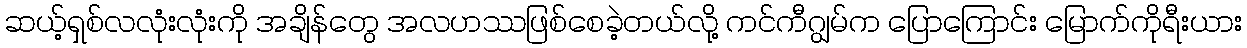
ဆယ့်ရှစ်လလုံးလုံးကို အချိန်တွေ အလဟဿဖြစ်စေခဲ့တယ်လို့ ကင်ကီဂျွမ်က ပြောကြောင်း မြောက်ကိုရီးယား